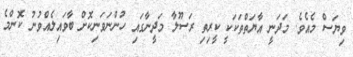
ވިޔަސް މެއެވެ. މަދަނީ އާޔަތްތަކަކީ ކީރިތި ރަސޫލާ މަދީނާގައި ހުންނަވަނިކޮށް ބާވައިލެއްވުނު ކޮންމެ